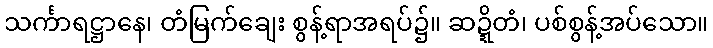
သင်္ကာရဋ္ဌာနေ၊ တံမြက်ချေး စွန့်ရာအရပ်၌။ ဆဍ္ဍိတံ၊ ပစ်စွန့်အပ်သော။